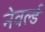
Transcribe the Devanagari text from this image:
नेवर्ल्ड